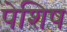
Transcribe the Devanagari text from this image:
पेशिष